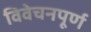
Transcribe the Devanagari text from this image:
विवेचनपूर्ण